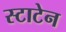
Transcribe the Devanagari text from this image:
स्टाटेन